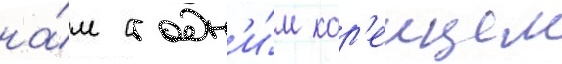
на́м с одн'и́м кор'еицем